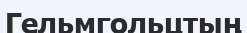
Гельмгольцтың